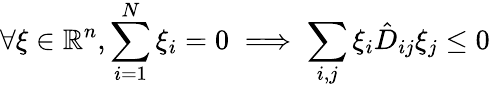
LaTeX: \forall\xi\in\mathbb{R}^{n},\sum_{i=1}^{N}\xi_{i}=0\implies\sum_{i,j}\xi_{i}\hat{D}_{ij}\xi_{j}\leq 0